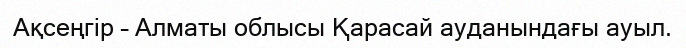
Ақсеңгір – Алматы облысы Қарасай ауданындағы ауыл.